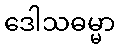
ဒေါသဓမ္မာ